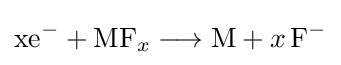
{\mathrm {xe} {\vphantom {A}}^{-}{}+{}\mathrm {MF} {\vphantom {A}}_{\smash[{t}]{x}}{}\mathrel {\longrightarrow } {}\mathrm {M} {}+{}x\,\mathrm {F} {\vphantom {A}}^{-}}